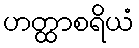
ဟတ္ထာစရိယံ